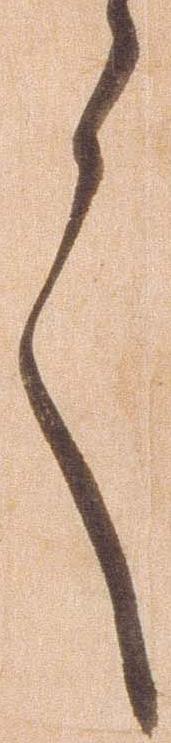
言